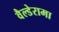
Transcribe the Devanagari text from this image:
वैल्डेरामा